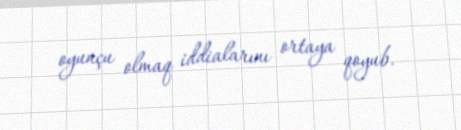
oyunçu olmaq iddialarını ortaya qoyub.